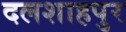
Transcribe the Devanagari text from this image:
दलशाहपुर